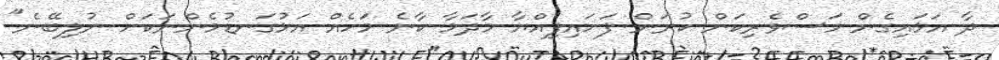
ދާ އަޅައިގެން މަސްވެރިކަން ކުރަން ފަށައިފިއްޔާ މާދަމާ ކާނެ މަހެއް އަޅުގަނޑުމެންނަކަށް ނުލިބޭނެ"